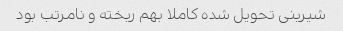
شیرینی تحویل شده کاملا بهم ریخته و نامرتب بود